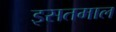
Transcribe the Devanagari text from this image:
इसतमाल